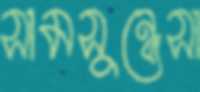
সামসুন্নেসা